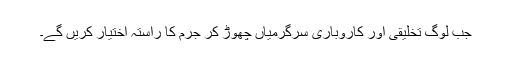
جب لوگ تخلیقی اور کاروباری سرگرمیاں چھوڑ کر جرم کا راستہ اختیار کریں گے۔